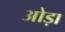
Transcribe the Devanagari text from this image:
ओड़ा